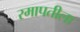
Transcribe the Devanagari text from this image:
रमापतीला